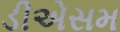
ડીએસમ